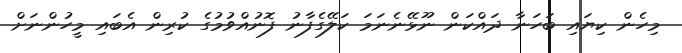
މިހެން ކިޔައި ބަހަނާ ދައްކަން ނޫޅޭނެނަމަ ކަލޭގެފާނު ފޮނުއްވުމުގެ ކުރިން އެބައި މީހުންނަށް